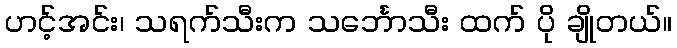
ဟင့်အင်း၊ သရက်သီးက သင်္ဘောသီး ထက် ပို ချိုတယ်။